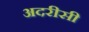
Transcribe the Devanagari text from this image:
अदरीसी